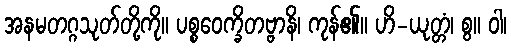
အနမတဂ္ဂသုတ်တို့ကို။ ပစ္စဝေက္ခိတဗ္ဗာနိ၊ ကုန်၏။ ဟိ-ယုတ္တံ၊ စွ။ ဝါ၊